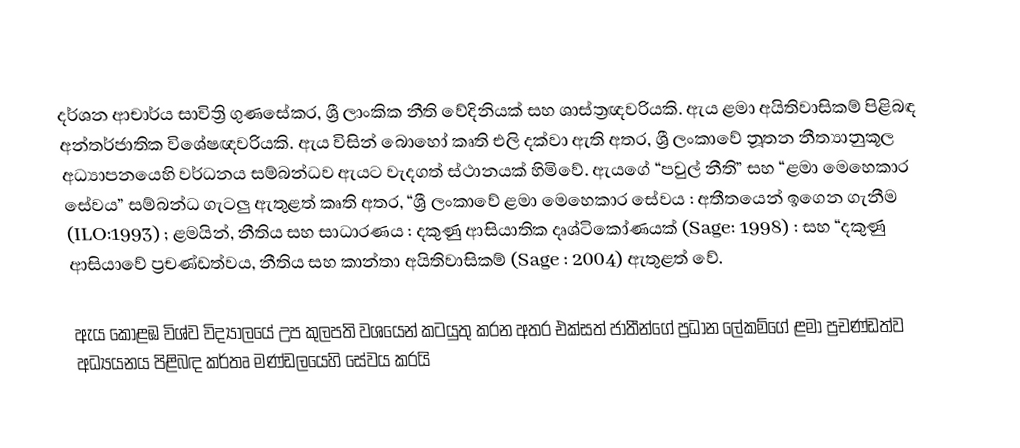
දර්ශන ආචාර්ය සාවිත්‍රි ගුණසේකර, ශ්‍රී ලාංකික නීති වේදිනියක් සහ ශාස්ත්‍රඥවරියකි. ඇය ළමා අයිතිවාසිකම් පිළිබඳ අන්තර්ජාතික විශේෂඥවරියකි. ඇය විසින් බොහෝ කෘති එලි දක්වා ඇති අතර, ශ්‍රී ලංකාවේ නූතන නීත්‍යානුකූල අධ්‍යාපනයෙහි වර්ධනය සම්බන්ධව ඇයට වැදගත් ස්ථානයක් හිමිවේ. ඇයගේ “පවුල් නීති” සහ “ළමා මෙහෙකාර සේවය” සම්බන්ධ ගැටලු ඇතුළත් කෘති අතර, “ශ්‍රී ලංකාවේ ළමා මෙහෙකාර සේවය : අතීතයෙන් ඉගෙන ගැනීම (ILO:1993) ; ළමයින්, නීතිය සහ සාධාරණය : දකුණු ආසියාතික දෘශ්ටිකෝණයක් (Sage: 1998) : සහ “දකුණු ආසියාවේ ප්‍රචණ්ඩත්වය, නීතිය සහ කාන්තා අයිතිවාසිකම් (Sage : 2004) ඇතුළත් වේ.

ඇය කොළඹ විශ්ව විද්‍යාලයේ උප කුලපති වශයෙන් කටයුතු කරන අතර එක්සත් ජාතීන්ගේ ප්‍රධාන ලේකම්ගේ ළමා ප්‍රචණ්ඩත්ව අධ්‍යයනය පිළිබඳ කර්තෘ මණ්ඩලයෙහි සේවය කරයි